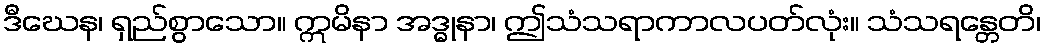
ဒီဃေန၊ ရှည်စွာသော။ ဣမိနာ အဒ္ဓုနာ၊ ဤသံသရာကာလပတ်လုံး။ သံသရန္တေတိ၊